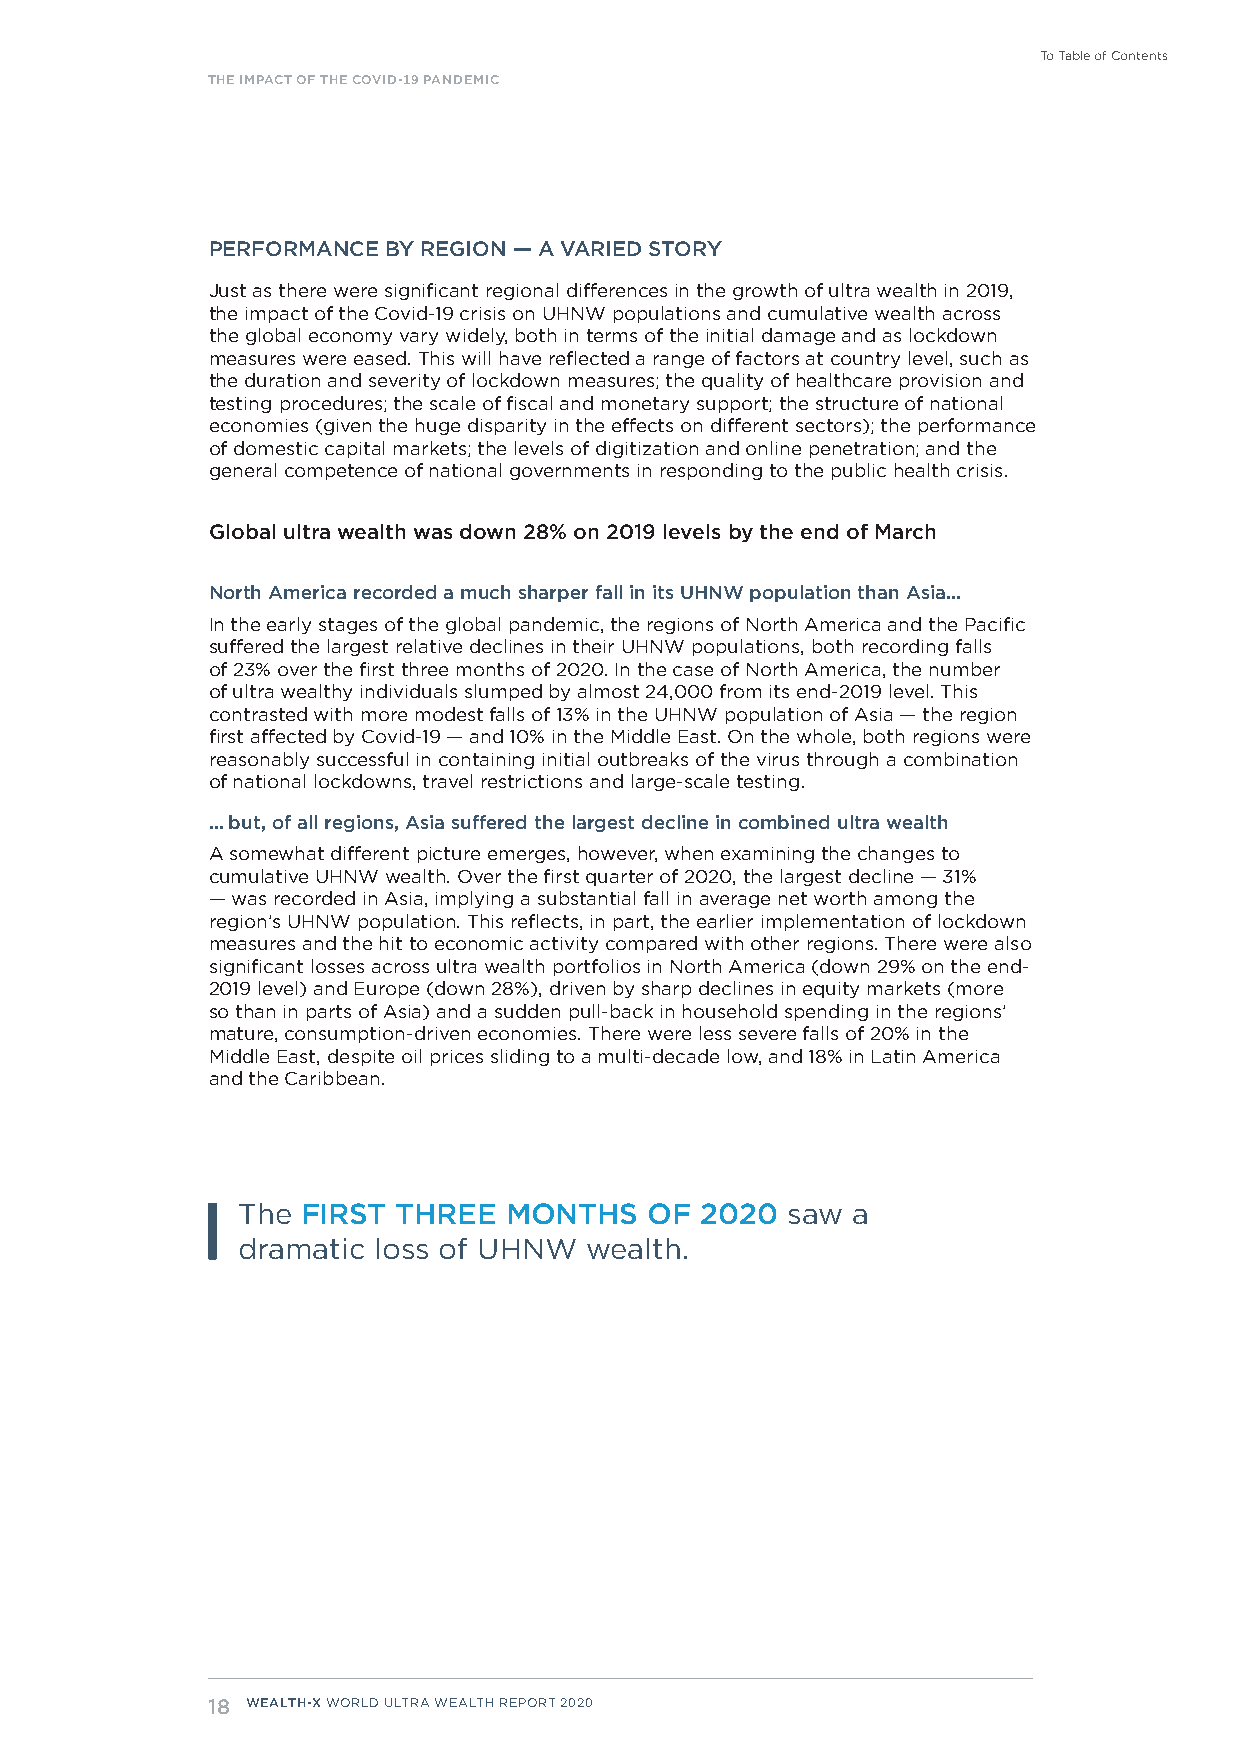
To Table of Contents
 THE IMPACT OF THE COVID-19 PANDEMIC
 PERFORMANCE BY REGION — A VARIED STORY
 Just as there were significant regional differences in the growth of ultra wealth in 2019,
 the impact of the Covid-19 crisis on UHNW populations and cumulative wealth across
 the global economy vary widely, both in terms of the initial damage and as lockdown
 measures were eased. This will have reflected a range of factors at country level, such as
 the duration and severity of lockdown measures; the quality of healthcare provision and
 testing procedures; the scale of fiscal and monetary support; the structure of national
 economies (given the huge disparity in the effects on different sectors); the performance
 of domestic capital markets; the levels of digitization and online penetration; and the
 general competence of national governments in responding to the public health crisis.
 Global ultra wealth was down 28% on 2019 levels by the end of March
 North America recorded a much sharper fall in its UHNW population than Asia…
 In the early stages of the global pandemic, the regions of North America and the Pacific
 suffered the largest relative declines in their UHNW populations, both recording falls
 of 23% over the first three months of 2020. In the case of North America, the number
 of ultra wealthy individuals slumped by almost 24,000 from its end-2019 level. This
 contrasted with more modest falls of 13% in the UHNW population of Asia — the region
 first affected by Covid-19 — and 10% in the Middle East. On the whole, both regions were
 reasonably successful in containing initial outbreaks of the virus through a combination
 of national lockdowns, travel restrictions and large-scale testing.
 … but, of all regions, Asia suffered the largest decline in combined ultra wealth
 A somewhat different picture emerges, however, when examining the changes to
 cumulative UHNW wealth. Over the first quarter of 2020, the largest decline — 31%
 — was recorded in Asia, implying a substantial fall in average net worth among the
 region’s UHNW population. This reflects, in part, the earlier implementation of lockdown
 measures and the hit to economic activity compared with other regions. There were also
 significant losses across ultra wealth portfolios in North America (down 29% on the end-
 2019 level) and Europe (down 28%), driven by sharp declines in equity markets (more
 so than in parts of Asia) and a sudden pull-back in household spending in the regions’
 mature, consumption-driven economies. There were less severe falls of 20% in the
 Middle East, despite oil prices sliding to a multi-decade low, and 18% in Latin America
 and the Caribbean.
 The FIRST THREE  MONTHS    OF 2020  saw a
 dramatic loss of UHNW  wealth.
 18 WEALTH-X WORLD ULTRA WEALTH REPORT 2020